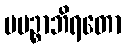
ပပဉ္စာဘိရတော